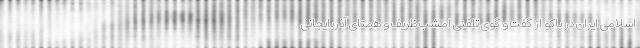
اسلامی ایران در باکو از گفت و گوی تلفنی امشب ظریف و همتای آذربایجانی